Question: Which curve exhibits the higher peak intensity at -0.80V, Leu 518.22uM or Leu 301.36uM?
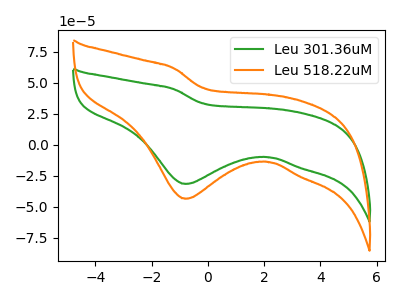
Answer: <think>The green curve "Leu 301.36uM" has a cathodic peak at: (-0.80V, -31.75uA). The orange curve "Leu 518.22uM" has a cathodic peak at: (-0.80V, -43.70uA).</think>
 <answer>The peak at -0.80V is higher in "Leu 518.22uM" than in "Leu 301.36uM".</answer>
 <eval>higher</eval>